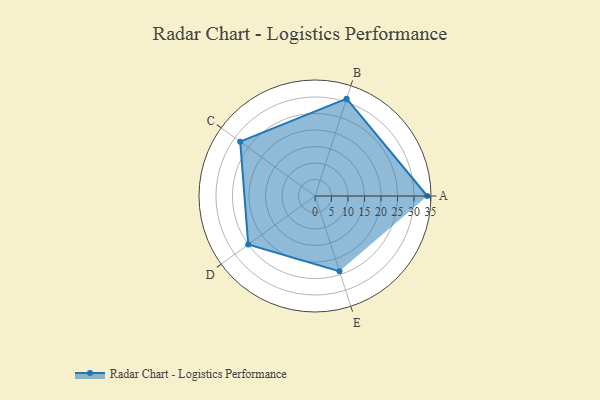
{"axis": {"x": "Skill", "y": "Score"}, "legend": ["Profile"], "data": [{"x": "A", "y": 34.0, "type": "Profile"}, {"x": "B", "y": 31.0, "type": "Profile"}, {"x": "C", "y": 28.0, "type": "Profile"}, {"x": "D", "y": 25.0, "type": "Profile"}, {"x": "E", "y": 24.0, "type": "Profile"}]}